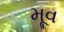
મૂવ